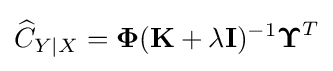
{\widehat {C}}_{Y\mid X}={\boldsymbol {\Phi }}(\mathbf {K} +\lambda \mathbf {I} )^{-1}{\boldsymbol {\Upsilon }}^{T}